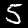
Label: 5